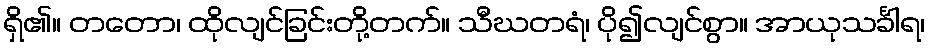
ရှိ၏။ တတော၊ ထိုလျင်ခြင်းတို့တက်။ သီဃတရံ၊ ပို၍လျင်စွာ။ အာယုသင်္ခါရ၊